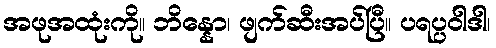
အဖုအထုံးကို။ ဘိန္နော၊ ဖျက်ဆီးအပ်ပြီ။ ပရပ္ပဝါဒါ၊